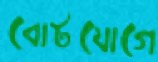
বোটযোগে